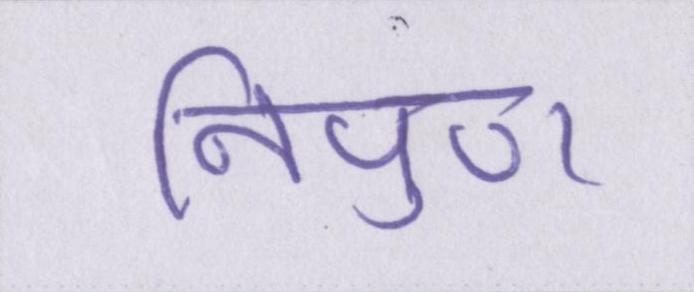
निपुण